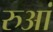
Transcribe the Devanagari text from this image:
रुआं